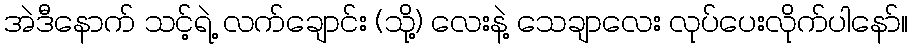
အဲဒီနောက် သင့်ရဲ့ လက်ချောင်း (သို့) လေးနဲ့ သေချာလေး လုပ်ပေးလိုက်ပါနော်။